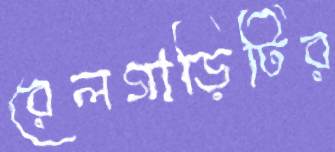
রেলগাড়িটির